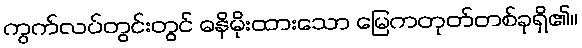
ကွက်လပ်တွင်းတွင် ဓနိမိုးထားသော မြေကတုတ်တစ်ခုရှိ၏။